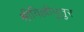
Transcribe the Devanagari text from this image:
श्रीविल्लीपुतुर